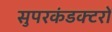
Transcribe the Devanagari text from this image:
सुपरकंडक्टरों